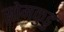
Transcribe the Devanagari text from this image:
सोमकुडु